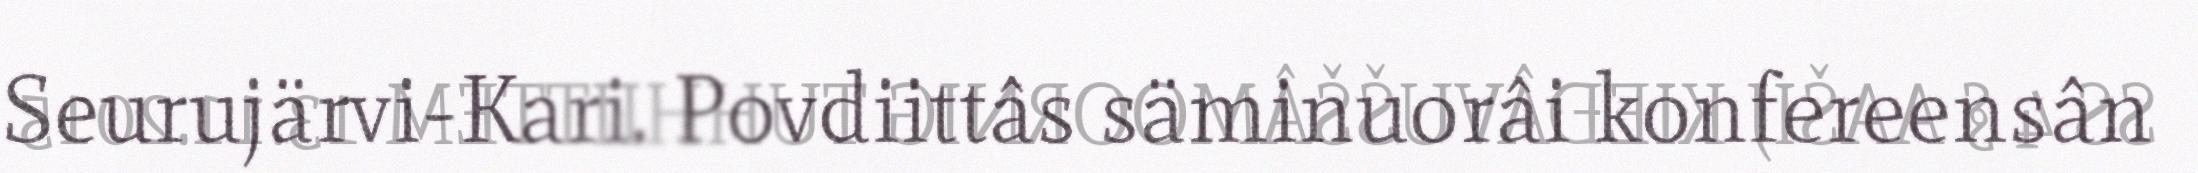
Seurujärvi-Kari. Povdiittâs säminuorâi konfereensân